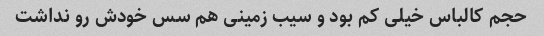
حجم کالباس خیلی کم بود و سیب زمینی هم سس خودش رو نداشت